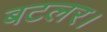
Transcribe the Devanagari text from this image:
बटलर।